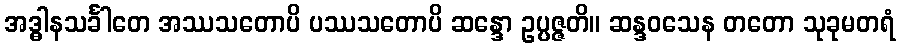
အဒ္ဓါနသင်္ခါတေ အဿသတောပိ ပဿသတောပိ ဆန္ဒော ဥပ္ပဇ္ဇတိ။ ဆန္ဒဝသေန တတော သုခုမတရံ